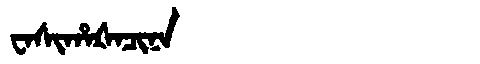
Manchu: ᠸᠠᠰᡳᡥᠠᡧᠠᠴᡳᠨᠠ
Romanization: WASIHAŠACINA